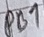
Text: PB7